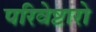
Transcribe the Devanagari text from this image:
परिवेष्टारो